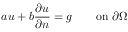
a u + b { \frac { \partial u } { \partial n } } = g \qquad { \mathrm { o n ~ } } \partial \Omega